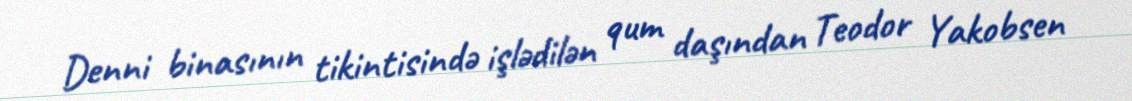
Denni binasının tikintisində işlədilən qum daşından Teodor Yakobsen